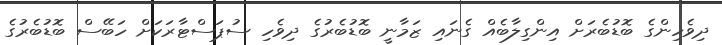
ދިވެހިންގެ ބޮޑުބެރަށް އިންގިލާބެއް ގެނައި ޒަމާނީ ބޮޑުބެރުގެ ދިވެހި ސުޕަސްޓާރަކަށް ހަބޭސް ބޮޑުބެރުގެ